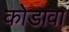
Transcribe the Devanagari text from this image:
कोडावा